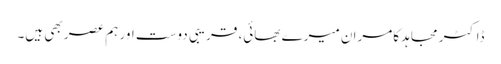
ڈاکٹر مجاہد کامران میرے بھائی، قریبی دوست اور ہم عصر بھی ہیں۔